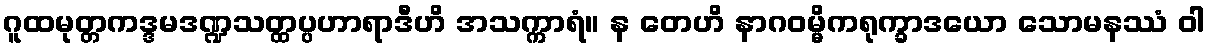
ဂူထမုတ္တကဒ္ဒမဒဏ္ဍသတ္ထပ္ပဟာရာဒီဟိ အသက္ကာရံ။ န တေဟိ နာဂဝမ္မိကရုက္ခာဒယော သောမနဿံ ဝါ